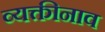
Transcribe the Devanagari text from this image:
व्यक्तीनाव